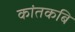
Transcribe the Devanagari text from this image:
कांतकबि